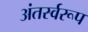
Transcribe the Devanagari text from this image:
अंतर्स्वरूप